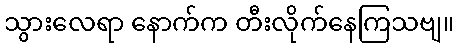
သွားလေရာ နောက်က တီးလိုက်နေကြသဗျ။